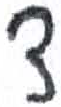
אות: צ